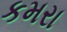
કમરા